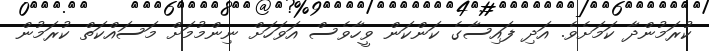
ކުރަމުންދާ ކަމަށެވެ. އަދި ފައިސާގެ ކަންކަން ވީހާވެސް އަވަހަށް ނިންމުމަށް މަސައްކަތް ކުރަމުން